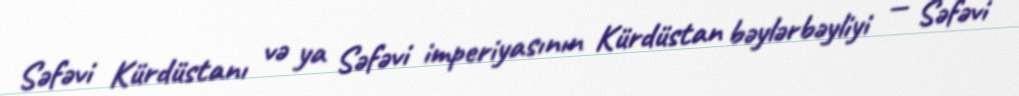
Səfəvi Kürdüstanı və ya Səfəvi imperiyasının Kürdüstan bəylərbəyliyi — Səfəvi